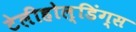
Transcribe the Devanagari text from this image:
टेलीहोल्डिंग्स